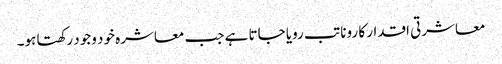
معاشرتی اقدار کا رونا تب رویا جاتا ہے جب معاشرہ خود وجود رکھتا ہو۔